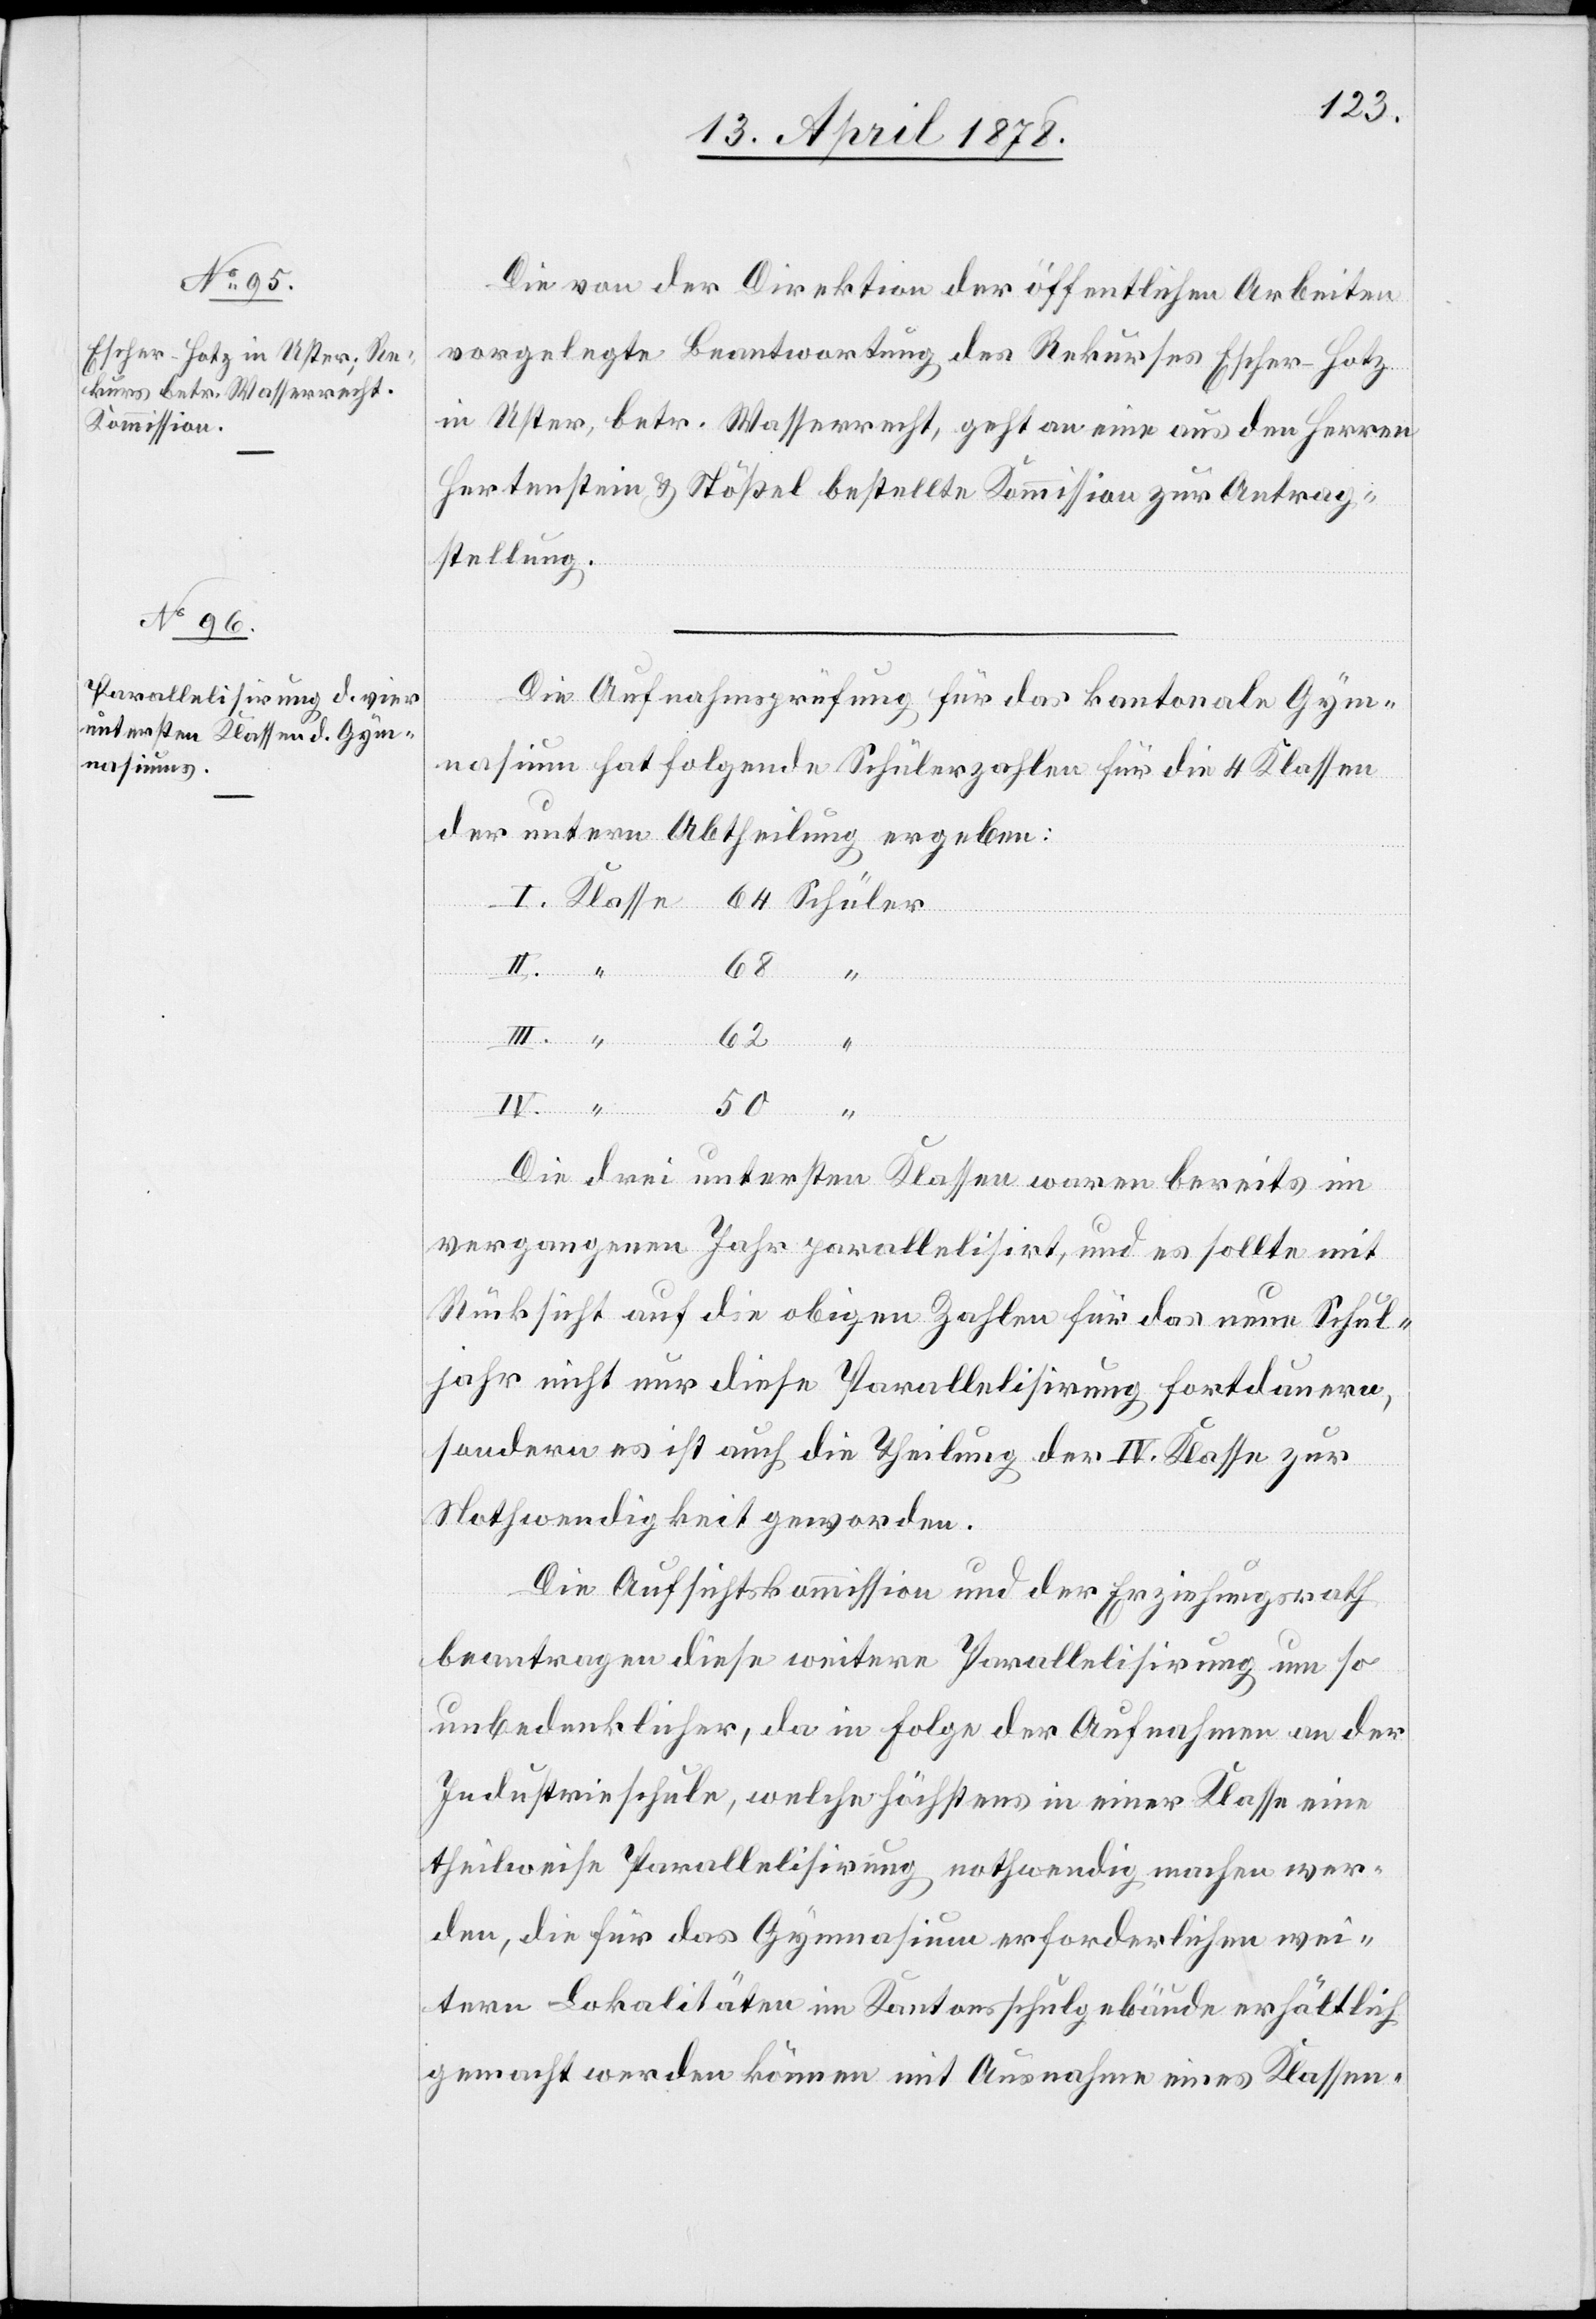
Die Aufnahmeprüfung für das kantonale Gym¬
nasium hat folgende Schülerzahlen für die 4 Klassen
der untern Abtheilung ergeben:
Klasse
68
III.
Die drei untersten Klassen waren bereits im
vergangenen Jahr parallelisirt, und es sollte mit
Rücksicht auf die obigen Zahlen für das neue Schul¬
jahr nicht nur diese Parallelisirung fortdauern,
sondern es ist auch die Theilung der IV. Klasse zur
Nothwendigkeit geworden.
Die Aufsichtskommission und der Erziehungsrath
beantragen diese weitere Parallelisirung um so
unbedenklicher, da in Folge der Aufnahme an der
Industrieschule, welche höchstens in einer Klasse eine
theilweise Parallelisirung nothwendig machen wer¬
de, die für das Gymnasium erforderlichen wei¬
tern Lokalitäten im Kantonsschulgebäude erhältlich
gemacht werden können mit Ausnahme eines Klassen-